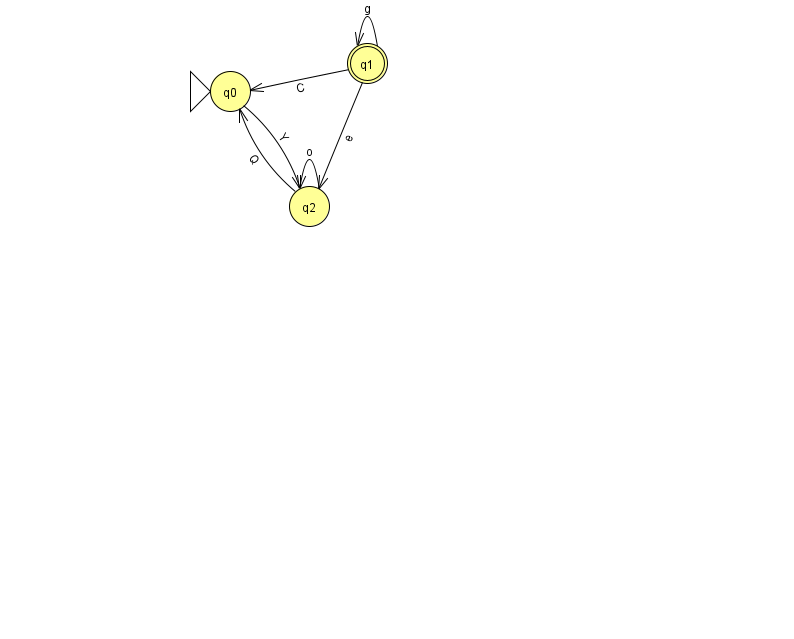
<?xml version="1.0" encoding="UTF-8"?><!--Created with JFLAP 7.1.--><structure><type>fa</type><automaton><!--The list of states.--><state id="0" name="q0"><x>230.0</x><y>78.0</y><initial/></state><state id="1" name="q1"><x>367.0</x><y>50.0</y><final/></state><state id="2" name="q2"><x>309.0</x><y>193.0</y></state><!--The list of transitions.--><transition><from>0</from><to>2</to><read>Y</read></transition><transition><from>1</from><to>2</to><read>e</read></transition><transition><from>1</from><to>1</to><read>g</read></transition><transition><from>1</from><to>0</to><read>C</read></transition><transition><from>2</from><to>0</to><read>Q</read></transition><transition><from>2</from><to>2</to><read>o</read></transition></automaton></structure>